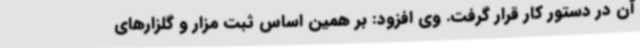
آن در دستور کار قرار گرفت. وی افزود: بر همین اساس ثبت مزار و گلزارهای